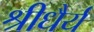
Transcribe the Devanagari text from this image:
श्रीधैर्य